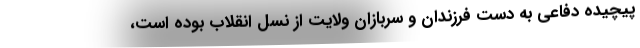
پیچیده دفاعی به دست فرزندان و سربازان ولایت از نسل انقلاب بوده است،